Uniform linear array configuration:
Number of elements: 16
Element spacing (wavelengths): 0.25
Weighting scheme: cosine
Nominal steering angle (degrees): -15
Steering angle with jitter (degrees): -14.674
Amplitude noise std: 0.05
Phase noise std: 0.05

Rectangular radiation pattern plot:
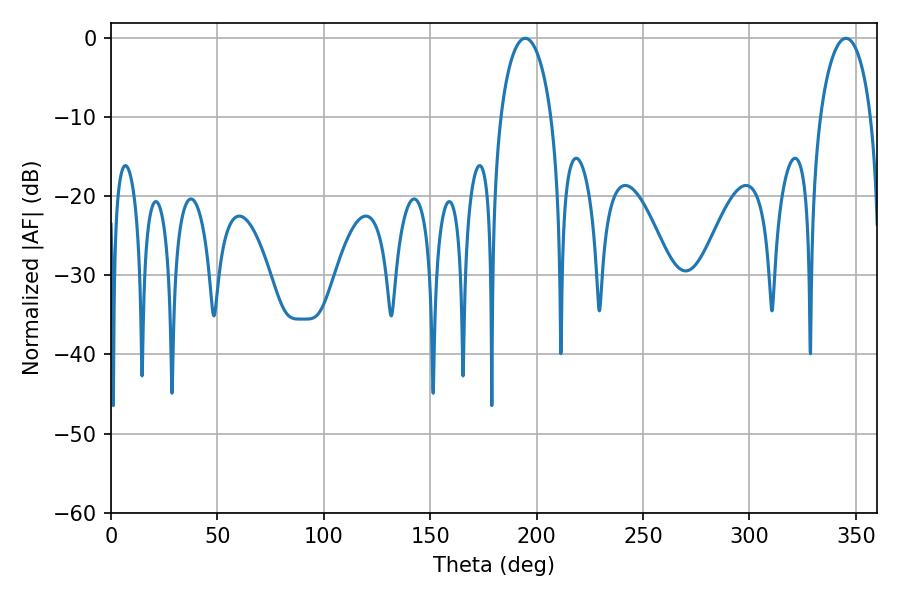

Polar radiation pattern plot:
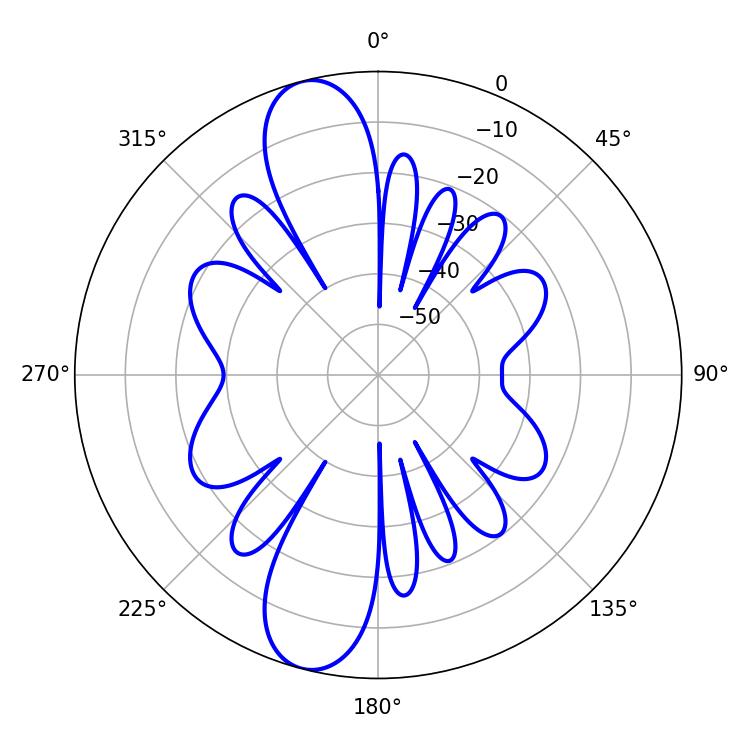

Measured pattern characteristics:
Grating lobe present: FALSE
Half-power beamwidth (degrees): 13.68
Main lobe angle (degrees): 194.58